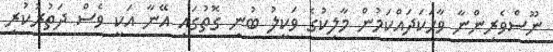
ނޫސްވެރިންނާ ވާހަކަދައްކަމުން މާލިކުގެ ވަކީލު ބުނި ގޮތުގައި އޭނާ އަކީ ވެސް ދަތުރުކުރި